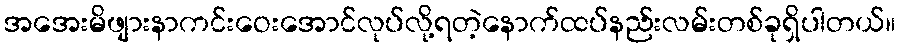
အအေးမိဖျားနာကင်းဝေးအောင်လုပ်လို့ရတဲ့နောက်ထပ်နည်းလမ်းတစ်ခုရှိပါတယ်။